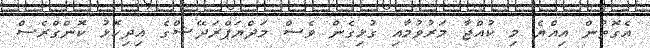
އެގޮތުން އިއްޔެ މި ކުއްޖާ މަރުވުމާއި ގުޅިގެން ވެސް މަދްޔަޕްރަދޭޝްގެ އިދިކޮޅު ކޮންގްރެސް